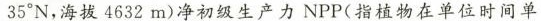
35°N，海拔4632m)净初级生产力NPP(指植物在单位时间单